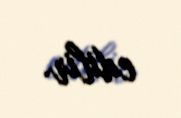
edilir.